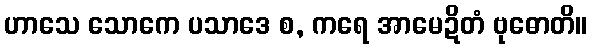
ဟာသေ သောကေ ပသာဒေ စ, ကရေ အာမေဍိတံ ဗုဓောတိ။